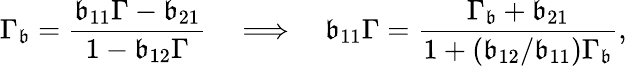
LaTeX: \Gamma_{\mathfrak{b}}=\frac{{\mathfrak{b}_{11}\Gamma-\mathfrak{b}_{21}}}{{1-\mathfrak{b}_{12}\Gamma}}\quad\Longrightarrow\quad\mathfrak{b}_{11}\Gamma=\frac{{\Gamma_{\mathfrak{b}}+\mathfrak{b}_{21}}}{{1+(\mathfrak{b}_{12}/\mathfrak{b}_{11})\Gamma_{\mathfrak{b}}}},